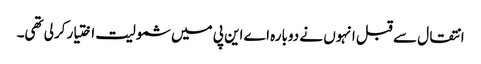
انتقال سے قبل انہوں نے دوبارہ اے این پی میں شمولیت اختیار کرلی تھی۔